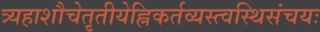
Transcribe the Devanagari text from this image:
त्र्यहाशौचेतृतीयेह्निकर्तव्यस्त्वस्थिसंचयः